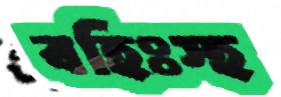
বহিঃস্হ